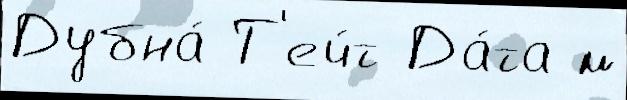
Дубна́ Т'еч́т Да́та м